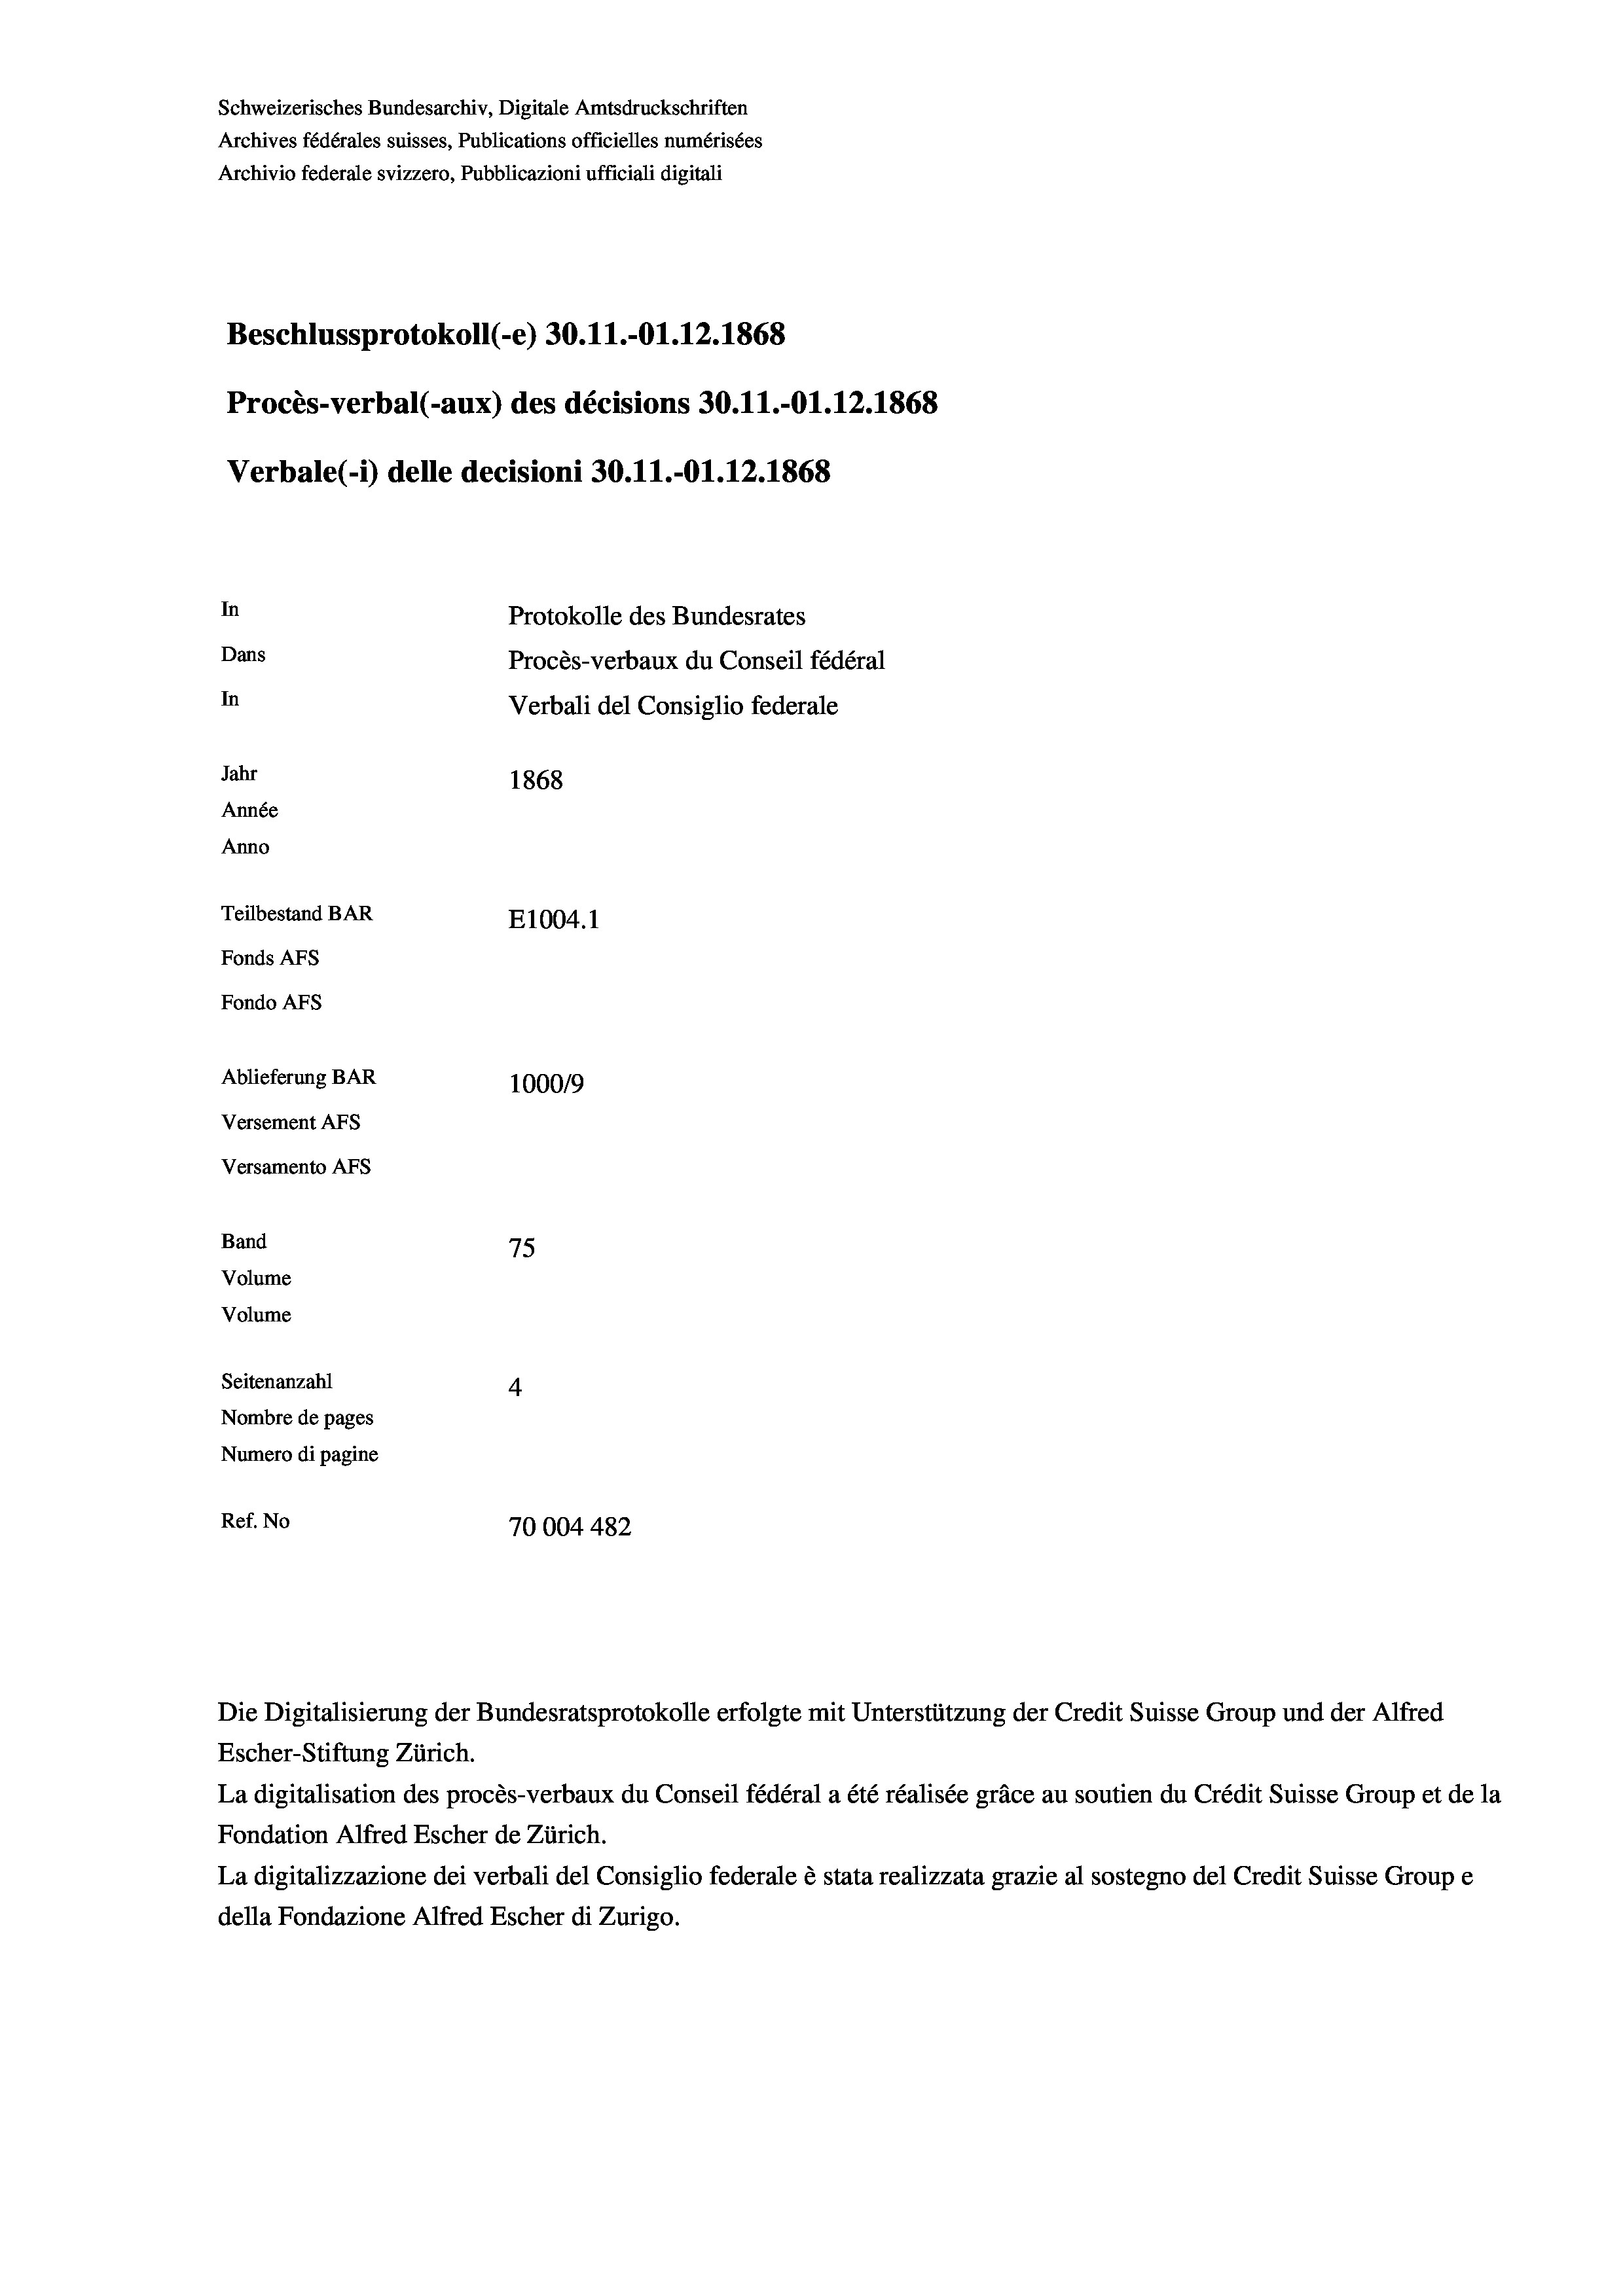
Schweizerisches Bundesarchiv, Digitale Amtsdruckschriften
Archives fédérales suisses, Publications officielles numérisées
Archivio federale svizzero, Pubblicazioni ufficiali digitali
Beschlussprotokoll (-e) 30.11.-O1.12.1868
Procès-verbal (-aux) des décisions 30.11.-Ol.12.1868
Verbale(-*) delle decisioni 30.11.-O1.12.1868
In
Protokolle des Bundesrates
Dans
Procès-verbaux du Conseil fédéral
In
Verbali del Consiglio federale
Jahr
1868
Année
Anno
Teilbestand BAR
E1004.1
Fonds AFs
Fondo AFs
Ablieferung BAR
1000/9
Versement As
Versamento AFs
Band
75
Volume
Volume

Seitenanzahl
4
Nombre de pages
Numero di pagine
Ref. No
70004 482

Escher-Stiftung Zürich.
La digitalisation des procès-verbaux du Conseil fédéral a été réalisée gräce au soutien du Crédit Suisse Group et de la
Fondation Alfred Escher de Zürich.
La digitalizzazione dei verbali del Consiglio federale è stata realizzata grazie al sostegno del Credit Suisse Groupe
della Fondazione Alfred Escher di Zurigo.

Die Digitalisierung der Bundesratsprotokolle erfolgte mit Unterstützung der Credit Suisse Group und der Alfred